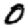
Digit: 0